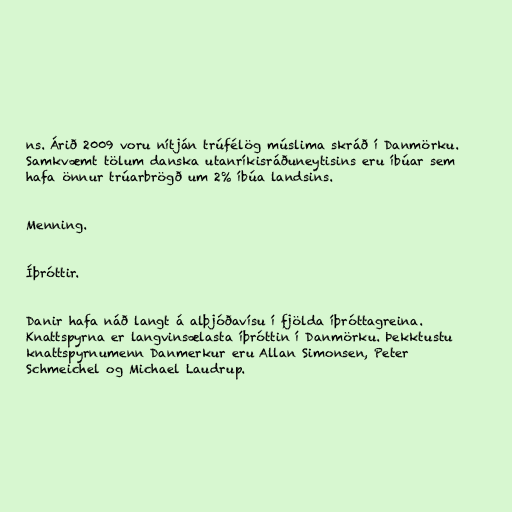
ns. Árið 2009 voru nítján trúfélög múslima skráð í Danmörku.
Samkvæmt tölum danska utanríkisráðuneytisins eru íbúar sem
hafa önnur trúarbrögð um 2% íbúa landsins.

Menning.

Íþróttir.

Danir hafa náð langt á alþjóðavísu í fjölda íþróttagreina.
Knattspyrna er langvinsælasta íþróttin í Danmörku. Þekktustu
knattspyrnumenn Danmerkur eru Allan Simonsen, Peter
Schmeichel og Michael Laudrup.